Civil Veterinary Dept. Bombay admin report 1932-41 - 1932-1941
Year: 1932
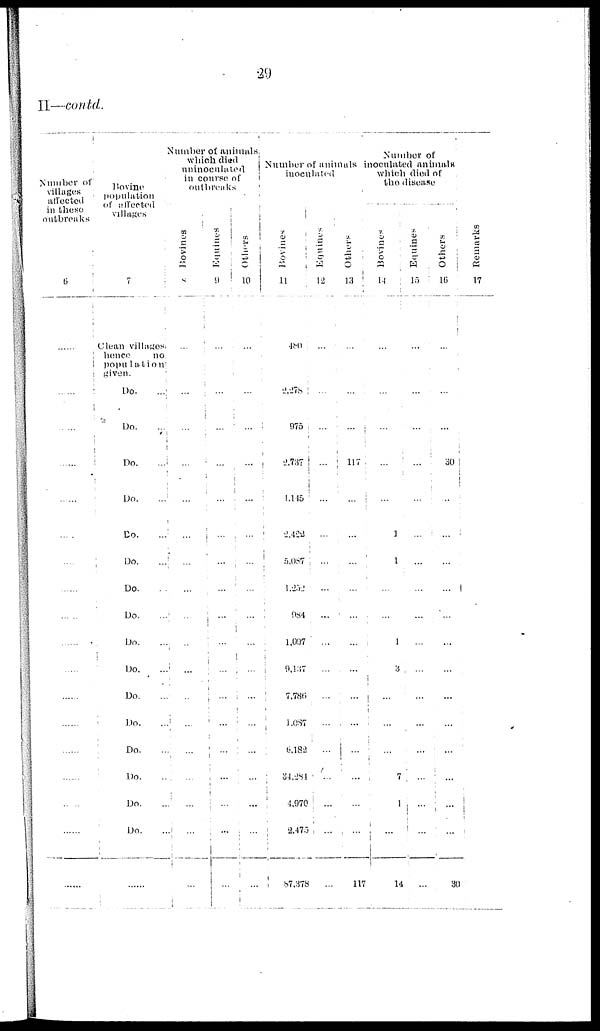
29
II—contd.
Number of
villages
affected
in these
outbreaks
6
......
......
......
......
......
......
......
......
......
......
......
......
......
......
......
......
......
......
Bovine
population
of affected
villages
7
Clean villages
hence
no
population
given.
Do.
...
Do. ...
Do.
...
Do.
...
Do.
...
Do. ...
Do. ...
Do.
...
Do.
....
Do.
...
Do. ...
Do.
...
Do.
...
Do. ...
Do. ...
Do. ...
......
Number of animals
which died
uninoculated
in course of
outbreaks
Bovines
8
...
...
...
...
...
...
...
...
...
...
...
..
...
...
...
...
...
...
Equines
9
...
...
...
...
...
...
...
...
...
...
...
...
...
...
...
...
...
...
Others
10
...
...
...
...
...
...
...
...
...
...
...
...
...
...
...
...
...
...
Number of animals
inoculated
Bovines
11
480
2,278
975
2,737
4,145
2,422
5, 087
1,252
984
1,097
9,137
7,780
1,087
6,182
34,284
4,970
2,475
87,378
Equines
12
...
...
...
...
...
...
...
...
...
...
...
...
...
...
...
...
...
...
Others
13
...
...
...
117
...
...
...
...
...
...
...
...
...
...
...
...
...
117
Number of
inoculated animals
which died of
the disease
Bovines
14
...
...
...
...
...
1
1
...
...
1
3
...
...
...
7
1
...
14
Equines
15
...
...
...
...
...
...
...
...
...
...
...
...
...
...
...
...
...
...
Others
16
...
...
...
30
...
...
...
...
...
...
...
...
...
...
...
...
...
30
Remarks
17